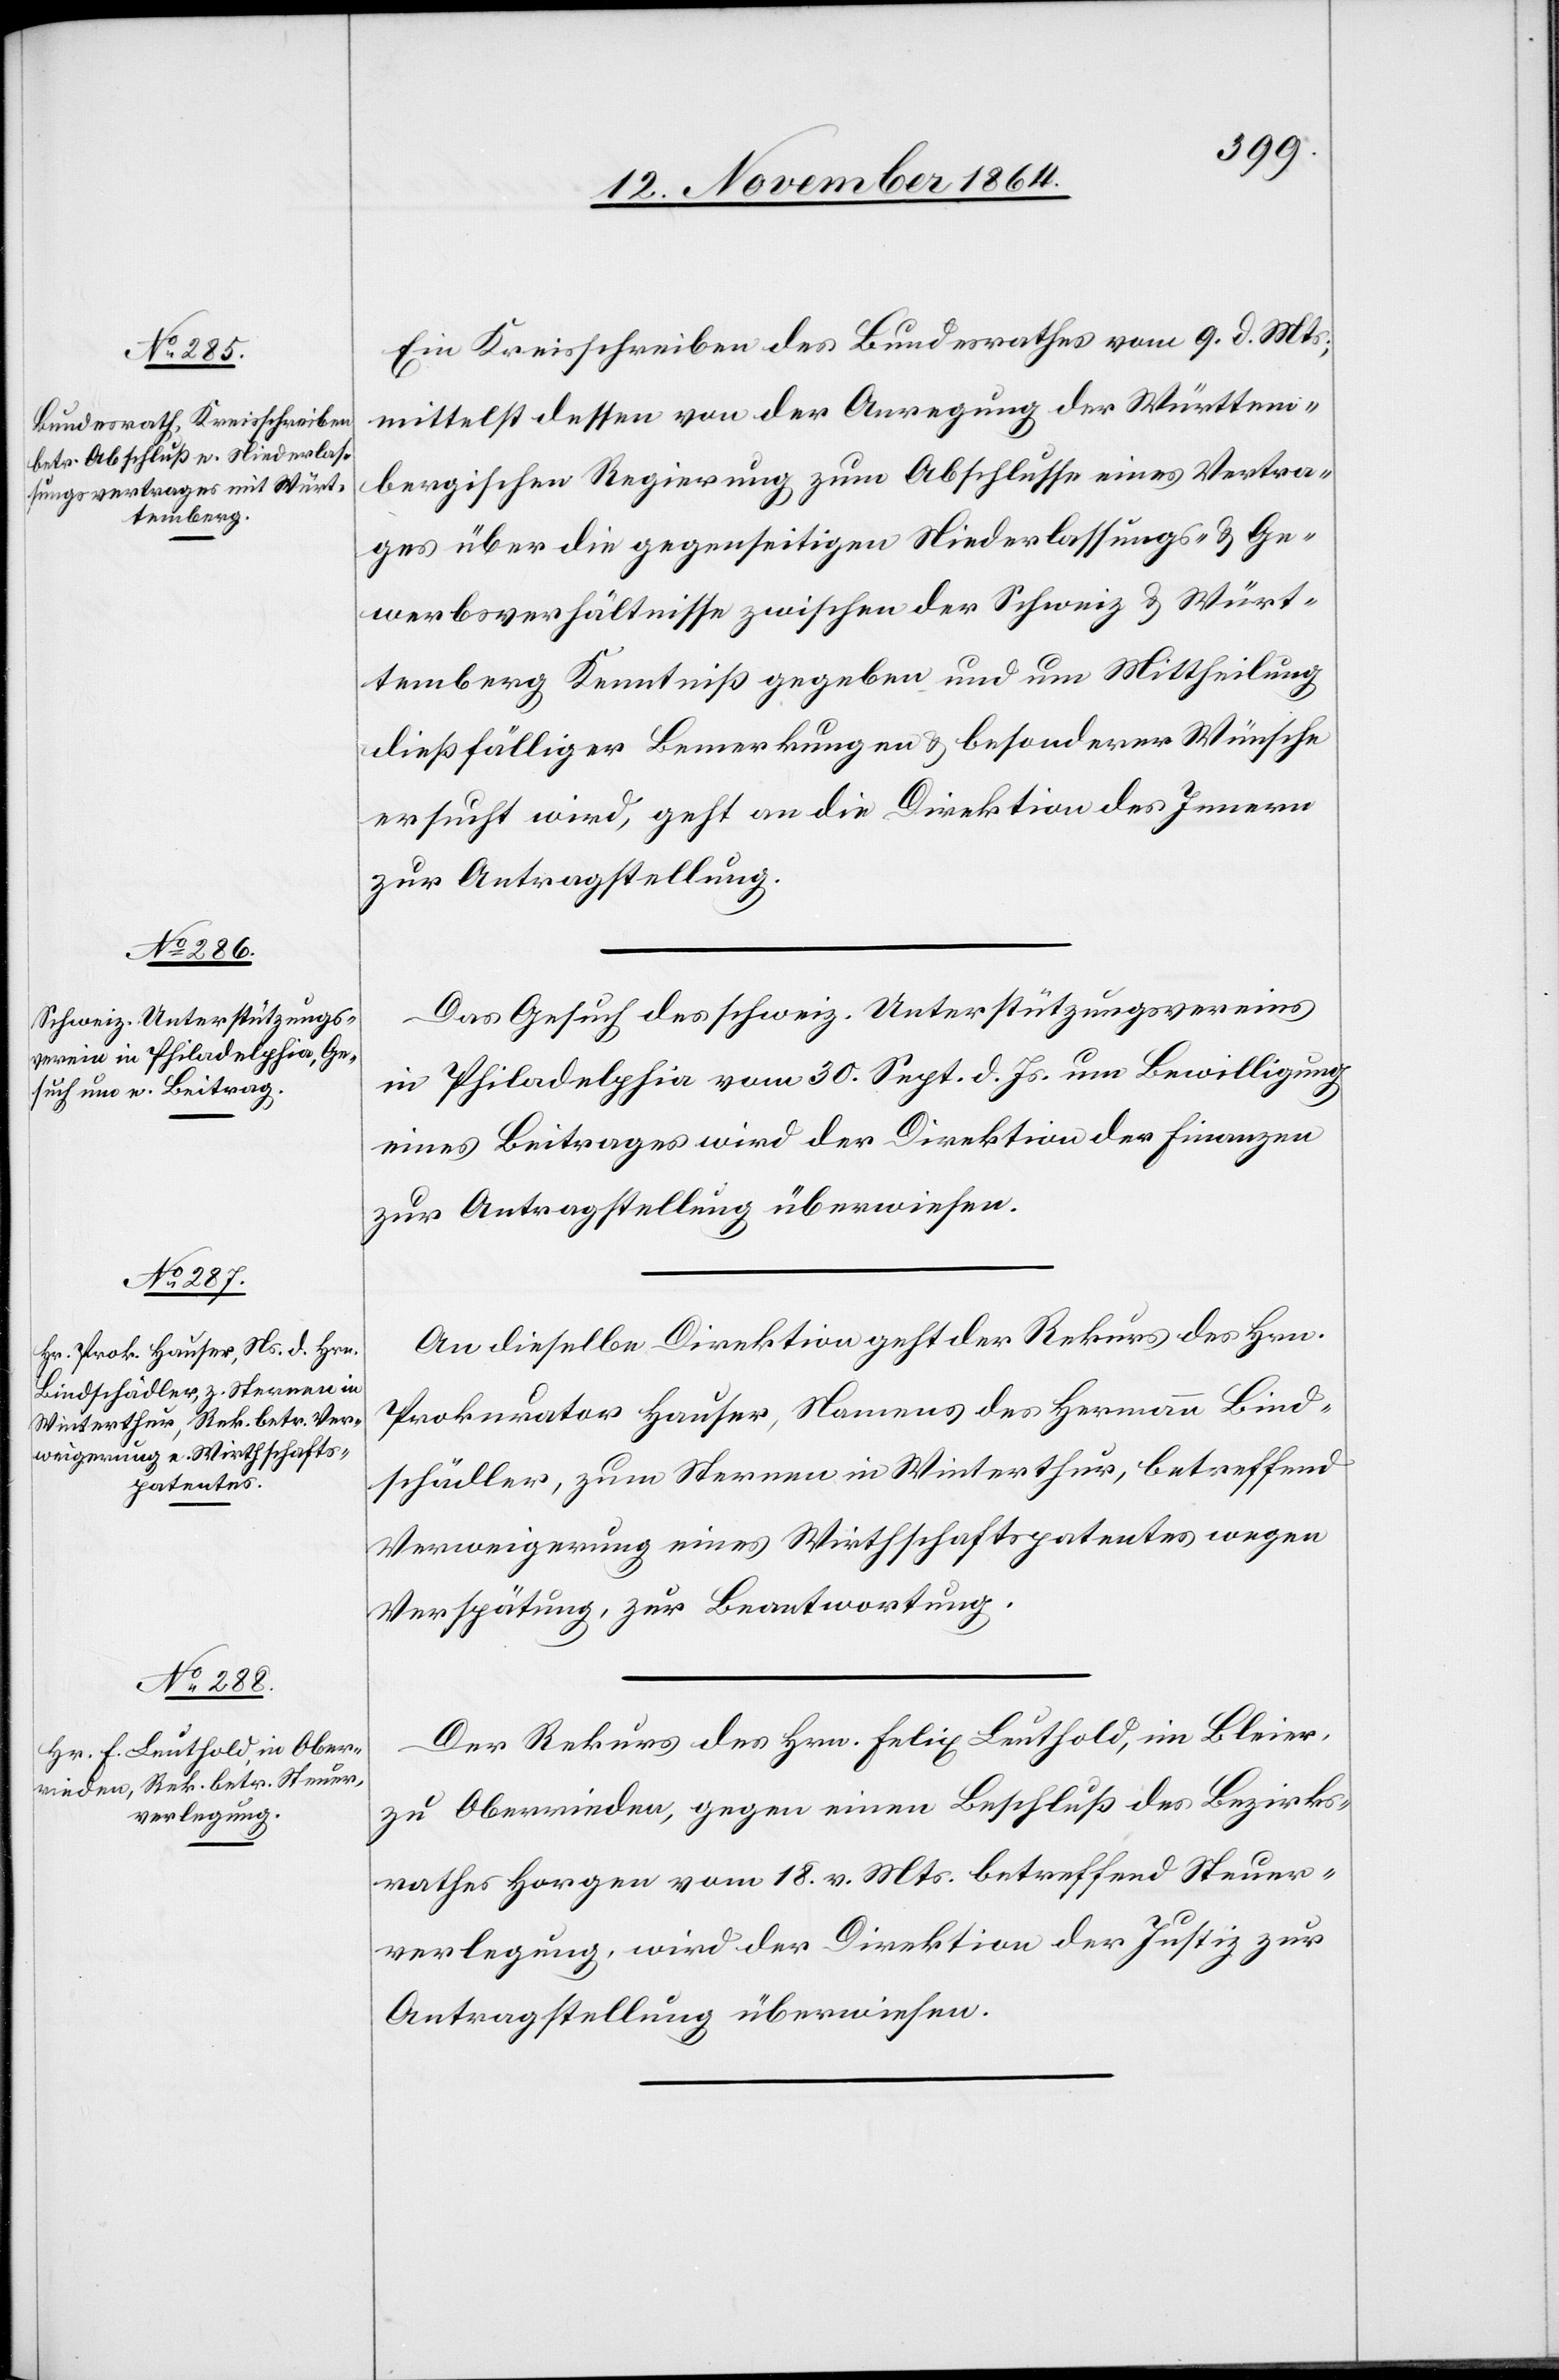
14. November 1864.]
Ein Kreisschreiben des Bundesrathes vom 9. d. Mts.,
mittelst dessen von der Anregung der Würtem¬
bergischen Regierung zum Abschlusse eines Vertra¬
ges über die gegenseitigen Niederlassungs- & Ge¬
werbsverhältnisse zwischen der Schweiz & Würt¬
emberg Kenntniß gegeben und um Mittheilung
dießfälliger Bemerkungen & besonderer Wünsche
ersucht wird, geht an die Direktion des Innern
zur Antragstellung.
Das Gesuch des schweiz. Unterstützungsvereins
in Philadelphia vom 30. Sept. d. Js. um Bewilligung
eines Beitrages wird der Direktion der Finanzen
zur Antragstellung überwiesen.
An dieselbe Direktion geht der Rekurs des Hrn.
Prokurator Hauser, Namens des Hermann Bind¬
schädler, zum Sternen in Winterthur, betreffend
Verweigerung eines Wirthschaftspatentes wegen
Verspätung, zur Beantwortung.
Der Rekurs des Hrn. Felix Leuthold, im Bleier,
zu Oberrieden, gegen einen Beschluß des Bezirks¬
rathes Horgen vom 18. v. Mts. betreffend Steuer¬
verlegung, wird der Direktion der Justiz zur
Antragstellung überwiesen.